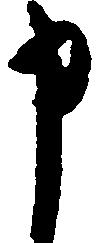
申